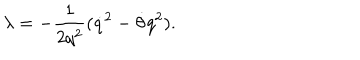
LaTeX: \lambda = - \frac { 1 } { 2 q ^ { 2 } } ( { \dot { q } } ^ { 2 } - \dot { \theta } q ^ { 2 } ) .